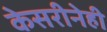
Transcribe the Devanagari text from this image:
केसरीनेही